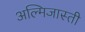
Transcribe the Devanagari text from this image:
अल्मिजास्ती